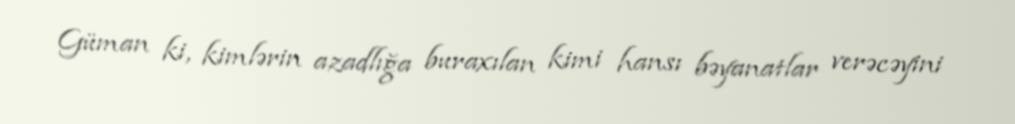
Güman ki, kimlərin azadlığa buraxılan kimi hansı bəyanatlar verəcəyini